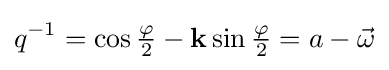
q^{-1}=\cos {\tfrac {\varphi }{2}}-\mathbf {k} \sin {\tfrac {\varphi }{2}}=a-{\vec {\omega }}